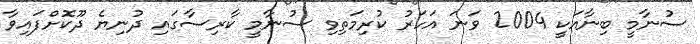
ސުނާމީ ބިނާއަކީ 2004 ވަނަ އަހަރު ކުރިމަތިވި ސުނާމީ ކާރިސާގައި ދުނިޔެ ދޫކޮށްފައިވާ